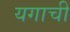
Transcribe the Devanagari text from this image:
यगाची